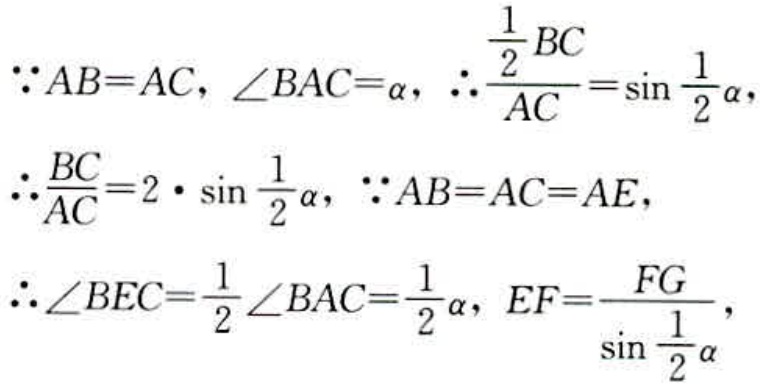
\(\because AB = AC,\angle BAC=\alpha,\therefore \frac{\frac{1}{2}BC}{AC}=\sin\frac{1}{2}\alpha,\)
\(\therefore \frac{BC}{AC}=2\cdot\sin\frac{1}{2}\alpha,\because AB = AC = AE,\)
\(\therefore \angle BEC=\frac{1}{2}\angle BAC=\frac{1}{2}\alpha,EF = \frac{FG}{\sin\frac{1}{2}\alpha},\)